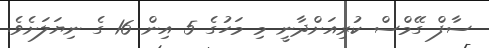
ސާފް ގޭމްސް ކުރިއަށްދާނީ މި މަހުގެ 5 އިން 16 ގެ ނިޔަލަށެވެ.